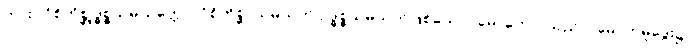
ကား။ ဝိစိကိစ္ဆုဒ္ဓစ္စသမ္ပယုတ္တော၊ ဝိစိကိစ္ဆာသမ္ပယုတ် ဥဒ္ဓစ္စသမ္ပယုတ်ဖြစ်သော။ မောဟော၊ သည်။ (မောဟမူဒွေး၌